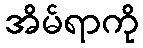
အိမ်ရာကို